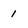
Character: 1